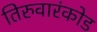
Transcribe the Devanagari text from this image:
तिरुवारंकोड